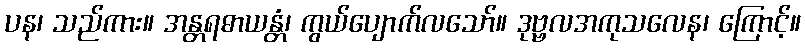
ပန၊ သည်ကား။ အန္တရဓာယန္တံ၊ ကွယ်ပျောက်လသော်။ ဒုဗ္ဗလအကုသလေန၊ ကြောင့်။